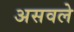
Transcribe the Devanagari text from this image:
असवले